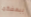
ببعضكما